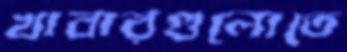
খাবারগুলোতে